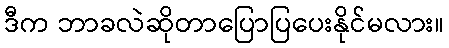
ဒီက ဘာခလဲဆိုတာပြောပြပေးနိုင်မလား။